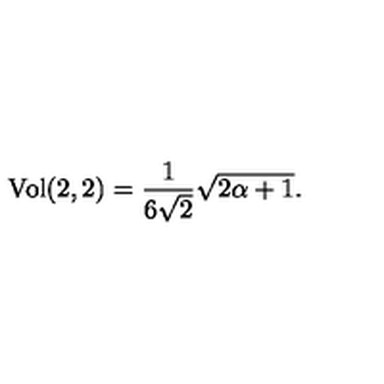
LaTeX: \mathrm { V o l } ( 2 , 2 ) = \frac { 1 } { 6 \sqrt { 2 } } \sqrt { 2 \alpha + 1 } .